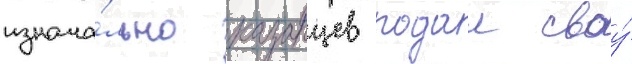
изнача́льно казанцев подал своу́